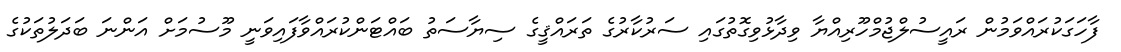
ފާހަގަކުރައްވަމުން ރައީސުލްޖުމްހޫރިއްޔާ ވިދާޅުވިގޮތުގައި ސަރުކާރުގެ ތަރައްޤީގެ ސިޔާސަތު ބައްޓަންކުރައްވާފައިވަނީ މޫސުމަށް އަންނަ ބަދަލުތަކުގެ